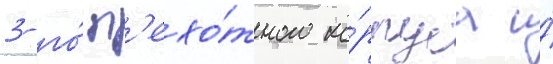
3-го́ п'ехо́тного ко́рпуса и́